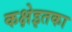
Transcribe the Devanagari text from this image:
कक्षेइतका